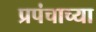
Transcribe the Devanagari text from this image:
प्रपंचाच्या